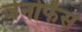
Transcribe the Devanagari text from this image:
जेनोफेंस